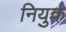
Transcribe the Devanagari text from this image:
नियुक